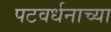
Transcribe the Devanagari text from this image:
पटवर्धनाच्या